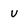
Character: u